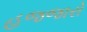
હજજારો